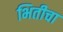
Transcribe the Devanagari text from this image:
भितीचा